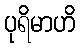
ပုရိမာဟိ